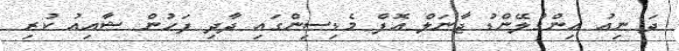
ދަ ނިއު އިންގުލޭންޑު ޖާނަލް އޮފް މެޑިސިންގައި ދާދި ފަހުން ޝާއިއު ކުރި